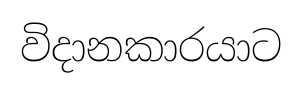
විදානකාරයාට